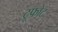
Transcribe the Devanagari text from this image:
ट्रूफोट